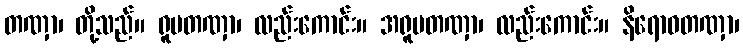
တဏှာ၊ တို့သည်။ ရူပတဏှာ၊ လည်းကောင်း။ အရူပတဏှာ၊ လည်းကောင်း။ နိရောဓတဏှာ၊